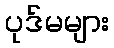
ပုဒ်မများ